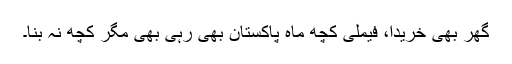
گھر بھی خریدا، فیملی کچھ ماہ پاکستان بھی رہی بھی مگر کچھ نہ بنا۔